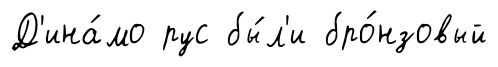
Д'ина́мо рус бы́л'и бро́нзовый